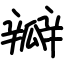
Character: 瓣